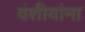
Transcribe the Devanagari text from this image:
वंशीयांना